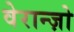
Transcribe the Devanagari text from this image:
वेरान्ज़ो